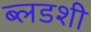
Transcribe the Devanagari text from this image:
ब्लडशी